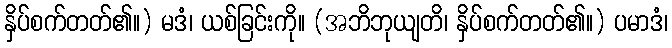
နှိပ်စက်တတ်၏။) မဒံ၊ ယစ်ခြင်းကို။ (အဘိဘုယျတိ၊ နှိပ်စက်တတ်၏။) ပမာဒံ၊